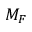
M _ { F }